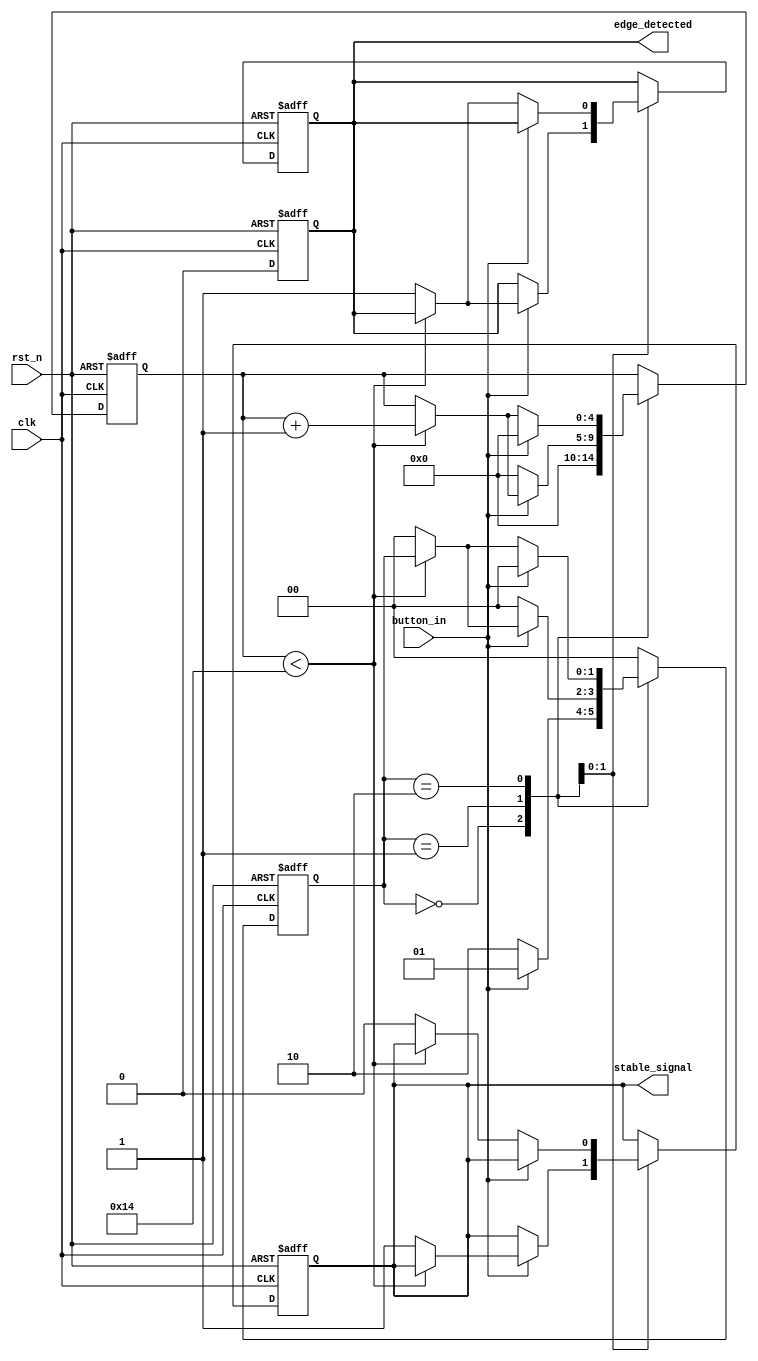
module DebouncedEdgeDetector (
    input wire clk,                // Clock input
    input wire rst_n,              // Active low reset
    input wire button_in,          // Input signal (button/switch)
    output reg edge_detected,      // Output signal indicating edge detection
    output reg stable_signal        // The debounced stable signal
);

    // Parameters
    parameter DEBOUNCE_TIME = 20;  // Debounce time in clock cycles
    parameter EDGE_TYPE = 2'b11;    // 00: None, 01: Rising, 10: Falling, 11: Both

    // State variables
    reg [1:0] state;                // Current state of the button
    reg [1:0] prev_state;           // Previous state of the button
    reg [4:0] debounce_counter;      // Counter for debouncing
    reg debounce_active;             // Indicates if debounce is active

    // State encoding
    localparam IDLE = 2'b00;
    localparam STABLE_HIGH = 2'b01;
    localparam STABLE_LOW = 2'b10;

    // Edge detection logic
    always @(posedge clk or negedge rst_n) begin
        if (!rst_n) begin
            state <= IDLE;
            prev_state <= IDLE;
            debounce_counter <= 0;
            stable_signal <= 0;
            edge_detected <= 0;
            debounce_active <= 0;
        end else begin
            // Debounce logic
            case (state)
                IDLE: begin
                    if (button_in) begin
                        debounce_counter <= 0;
                        state <= STABLE_HIGH;
                        debounce_active <= 1;
                    end else begin
                        debounce_counter <= 0;
                        state <= STABLE_LOW;
                        debounce_active <= 1;
                    end
                end

                STABLE_HIGH: begin
                    if (button_in) begin
                        if (debounce_counter < DEBOUNCE_TIME) begin
                            debounce_counter <= debounce_counter + 1;
                        end else begin
                            stable_signal <= 1; // Button is stable high
                            if (EDGE_TYPE[0]) begin // Rising edge detection
                                edge_detected <= 1;
                            end
                            state <= IDLE; // Return to idle
                        end
                    end else begin
                        debounce_counter <= 0;
                        state <= IDLE; // Transition to idle
                    end
                end

                STABLE_LOW: begin
                    if (!button_in) begin
                        if (debounce_counter < DEBOUNCE_TIME) begin
                            debounce_counter <= debounce_counter + 1;
                        end else begin
                            stable_signal <= 0; // Button is stable low
                            if (EDGE_TYPE[1]) begin // Falling edge detection
                                edge_detected <= 1;
                            end
                            state <= IDLE; // Return to idle
                        end
                    end else begin
                        debounce_counter <= 0;
                        state <= IDLE; // Transition to idle
                    end
                end

                default: state <= IDLE; // Default to IDLE state
            endcase
        end
    end

    // Reset edge_detected after one clock cycle
    always @(posedge clk or negedge rst_n) begin
        if (!rst_n) begin
            edge_detected <= 0;
        end else if (edge_detected) begin
            edge_detected <= 0; // Reset after detection
        end
    end

endmodule